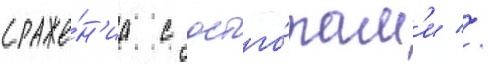
сраже́н'иа с остго́там'и //